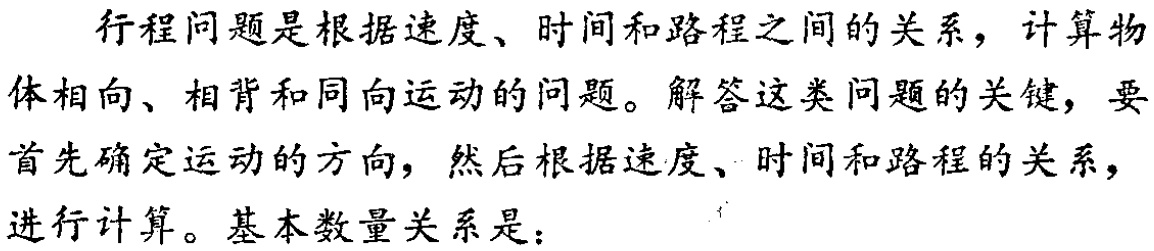
行程问题是根据速度、时间和路程之间的关系，计算物体相向、相背和同向运动的问题。解答这类问题的关键，要首先确定运动的方向，然后根据速度、时间和路程的关系，进行计算。基本数量关系是：